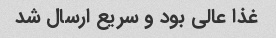
غذا عالی بود و سریع ارسال شد